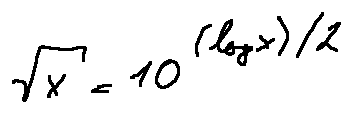
\sqrt { x } = 1 0 ^ { ( \log x ) / 2 }